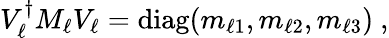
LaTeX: V_{\ell}^{\dagger}M_{\ell}V_{\ell}=\mathrm{diag}(m_{\ell 1},m_{\ell 2},m_{\ell 3})\ ,